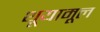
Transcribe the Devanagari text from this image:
थूयामूल